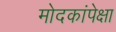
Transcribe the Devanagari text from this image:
मोदकांपेक्षा